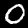
Digit: 0